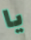
يا